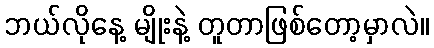
ဘယ်လိုနေ့ မျိုးနဲ့ တူတာဖြစ်တော့မှာလဲ။